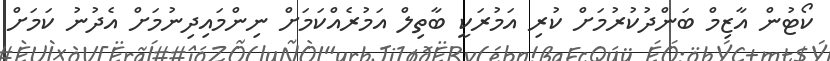
ކޯޓުން އާޒިމް ބަންދުކުރުމަށް ކުރި އަމުރަކީ ބާތިލް އަމުރެއްކަމަށް ނިންމައިދިނުމަށް އެދުނު ކަމަށް